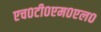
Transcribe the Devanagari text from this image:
एच०टी०एम०एल०